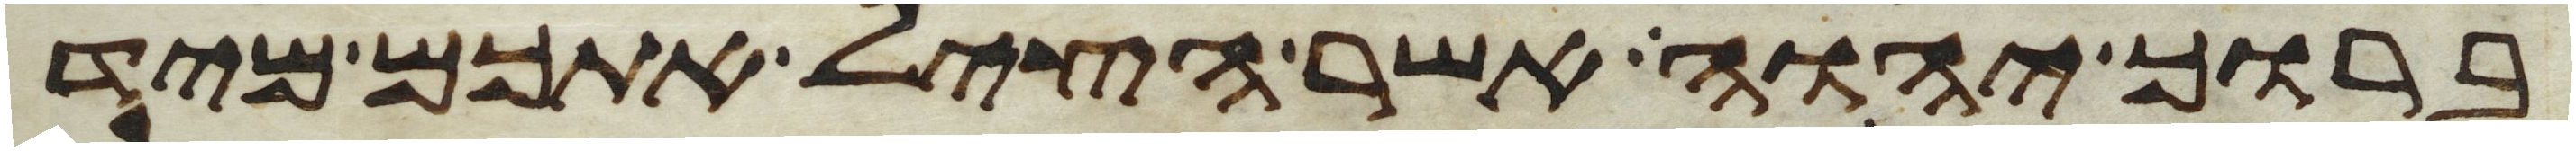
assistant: ברוך יהוה אשר הציל אתכם מיד